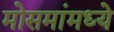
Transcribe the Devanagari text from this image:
मोसमांमध्ये